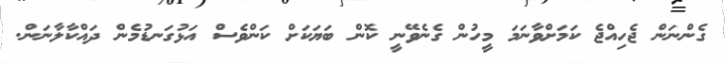
ގެންނަން ޖެހިއްޖެ ކަމަށްވާނަމަ މީހުން ގެނެވޭނީ ކޮން ބަޔަކަށް ކަންވެސް އަޅުގަނޑުމެން ދައްކާލާނަން.